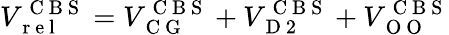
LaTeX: V_{\mathrm{~r~e~l~}}^{\mathrm{~C~B~S~}}=V_{\mathrm{~C~G~}}^{\mathrm{~C~B~S~}}+V_{\mathrm{~D~2~}}^{\mathrm{~C~B~S~}}+V_{\mathrm{~O~O~}}^{\mathrm{~C~B~S~}}